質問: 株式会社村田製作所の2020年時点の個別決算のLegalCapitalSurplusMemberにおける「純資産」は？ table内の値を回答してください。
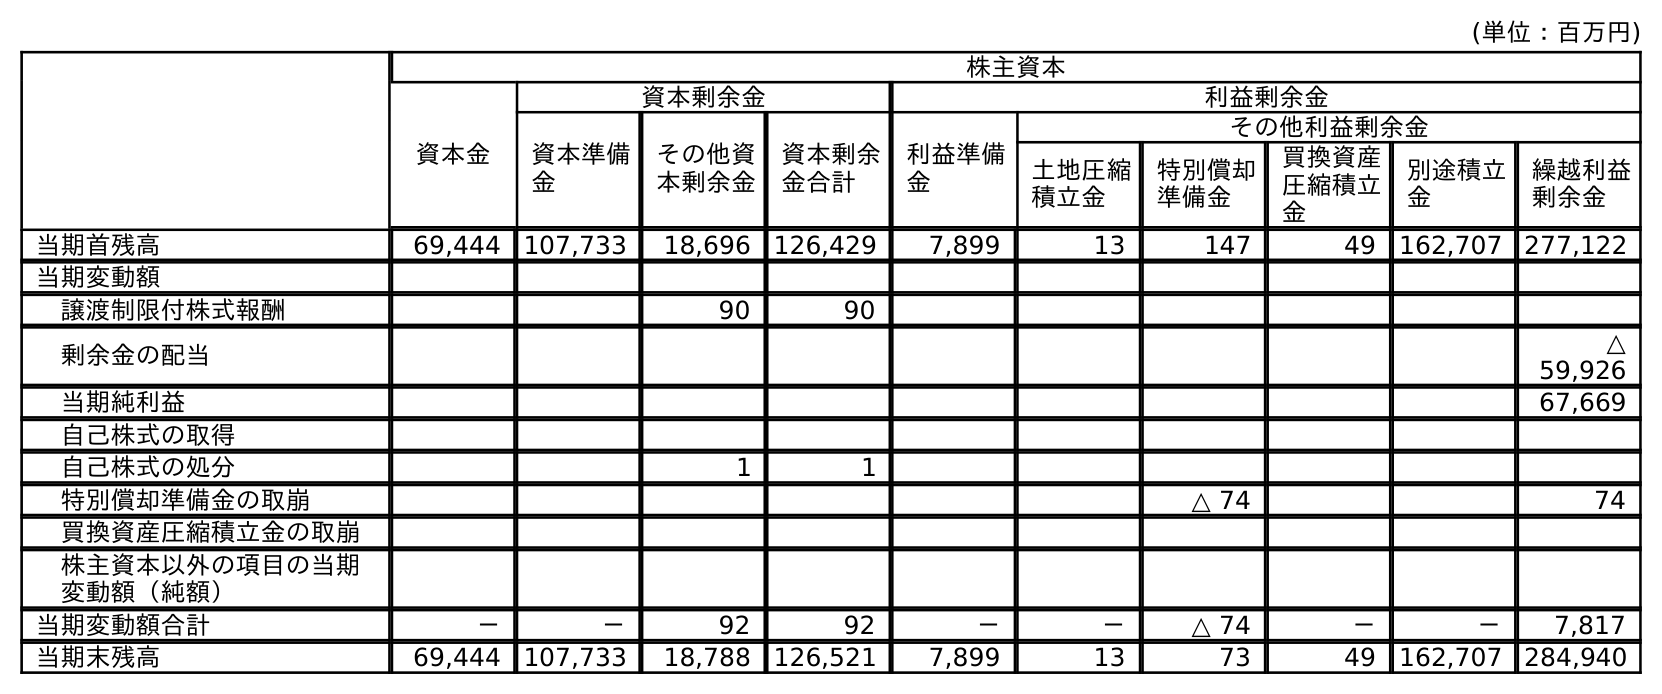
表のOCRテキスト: (単位：百万円) 株主資本 資本金 資本剰余金 利益剰余金 資本準備 金 その他資 本剰余金 資本剰余 金合計 利益準備 金 その他利益剰余金 土地圧縮 積立金 特別償却 準備金 買換資産 圧縮積立 金 別途積立 金 繰越利益 剰余金 当期首残高 69,444 107,733 18,696 126,429 7,899 13 147 49 162,707 277,122 当期変動額 譲渡制限付株式報酬 90 90 剰余金の配当 △ 59,926 当期純利益 67,669 自己株式の取得 自己株式の処分 1 1 特別償却準備金の取崩 △ 74 74 買換資産圧縮積立金の取崩 株主資本以外の項目の当期 変動額（純額） 当期変動額合計 － － 92 92 － － △ 74 － － 7,817 当期末残高 69,444 107,733 18,788 126,521 7,899 13 73 49 162,707 284,940
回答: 107,733